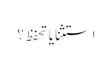
استثنا یا تحفظ ؟